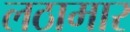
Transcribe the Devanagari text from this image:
लठामार